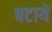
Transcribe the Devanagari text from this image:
बटाये